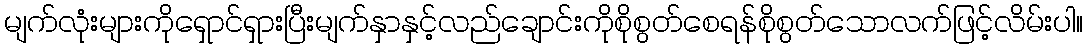
မျက်လုံးများကိုရှောင်ရှားပြီးမျက်နှာနှင့်လည်ချောင်းကိုစိုစွတ်စေရန်စိုစွတ်သောလက်ဖြင့်လိမ်းပါ။